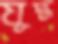
যুদ্ধ